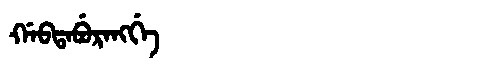
Manchu: ᡤᠠᠪᡨᠠᠪᡠᡵᠠᠩᡤᡝ
Romanization: GABTABURANGGE